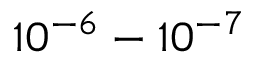
1 0 ^ { - 6 } - 1 0 ^ { - 7 }